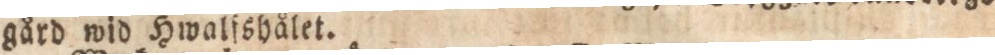
gård wid Hwalſshålet.